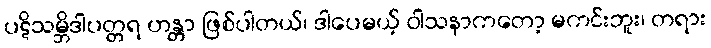
ပဋိသမ္ဘိဒါပတ္တရ ဟန္တာ ဖြစ်ပါတယ်၊ ဒါပေမယ့် ဝါသနာကတော့ မကင်းဘူး၊ တရား